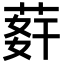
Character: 䓸